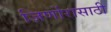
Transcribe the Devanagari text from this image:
जिर्णोरासाठी